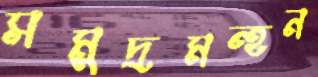
সমুদ্রমন্হন